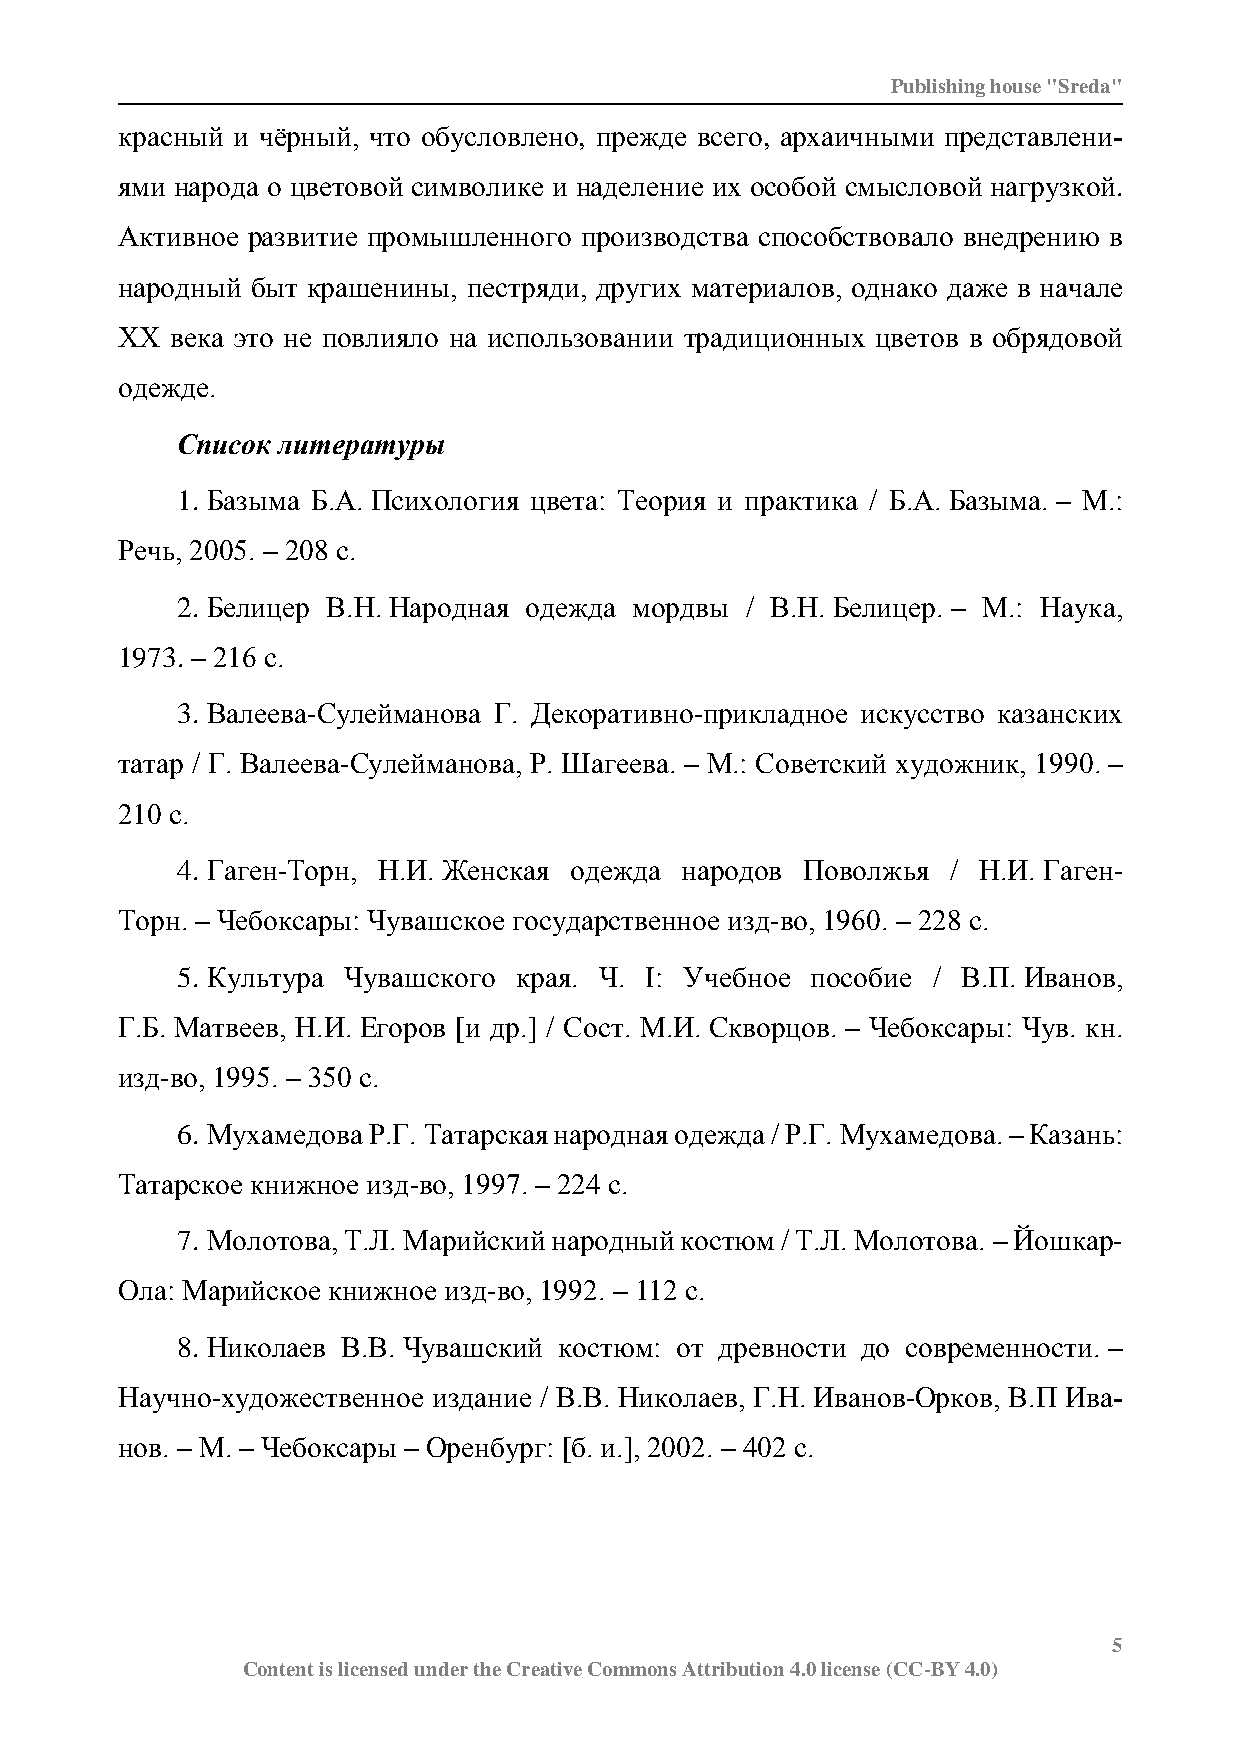
Publishing house "Sreda"
 красный и чёрный, что обусловлено, прежде всего, архаичными представлени-
 ями народа о цветовой символике и наделение их особой смысловой нагрузкой.
 Активное развитие промышленного производства способствовало внедрению в
 народный быт крашенины, пестряди, других материалов, однако даже в начале
 ХХ века это не повлияло на использовании традиционных цветов в обрядовой
 одежде.
 Список литературы
 1. Базыма Б.А. Психология цвета: Теория и практика / Б.А. Базыма. – М.:
 Речь, 2005. – 208 с.
 2. Белицер В.Н. Народная одежда мордвы / В.Н. Белицер. – М.: Наука,
 1973. – 216 с.
 3. Валеева-Сулейманова Г. Декоративно-прикладное искусство казанских
 татар / Г. Валеева-Сулейманова, Р. Шагеева. – М.: Советский художник, 1990. –
 210 с.
 4. Гаген-Торн, Н.И. Женская одежда народов Поволжья / Н.И. Гаген-
 Торн. – Чебоксары: Чувашское государственное изд-во, 1960. – 228 с.
 5. Культура Чувашского края. Ч. I: Учебное пособие / В.П. Иванов,
 Г.Б. Матвеев, Н.И. Егоров [и др.] / Сост. М.И. Скворцов. – Чебоксары: Чув. кн.
 изд-во, 1995. – 350 с.
 6. Мухамедова Р.Г. Татарская народная одежда / Р.Г. Мухамедова. – Казань:
 Татарское книжное изд-во, 1997. – 224 с.
 7. Молотова, Т.Л. Марийский народный костюм / Т.Л. Молотова. – Йошкар-
 Ола: Марийское книжное изд-во, 1992. – 112 с.
 8. Николаев В.В. Чувашский костюм: от древности до современности. –
 Научно-художественное издание / В.В. Николаев, Г.Н. Иванов-Орков, В.П Ива-
 нов. – М. – Чебоксары – Оренбург: [б. и.], 2002. – 402 с.
 5
 Content is licensed under the Creative Commons Attribution 4.0 license (CC-BY 4.0)